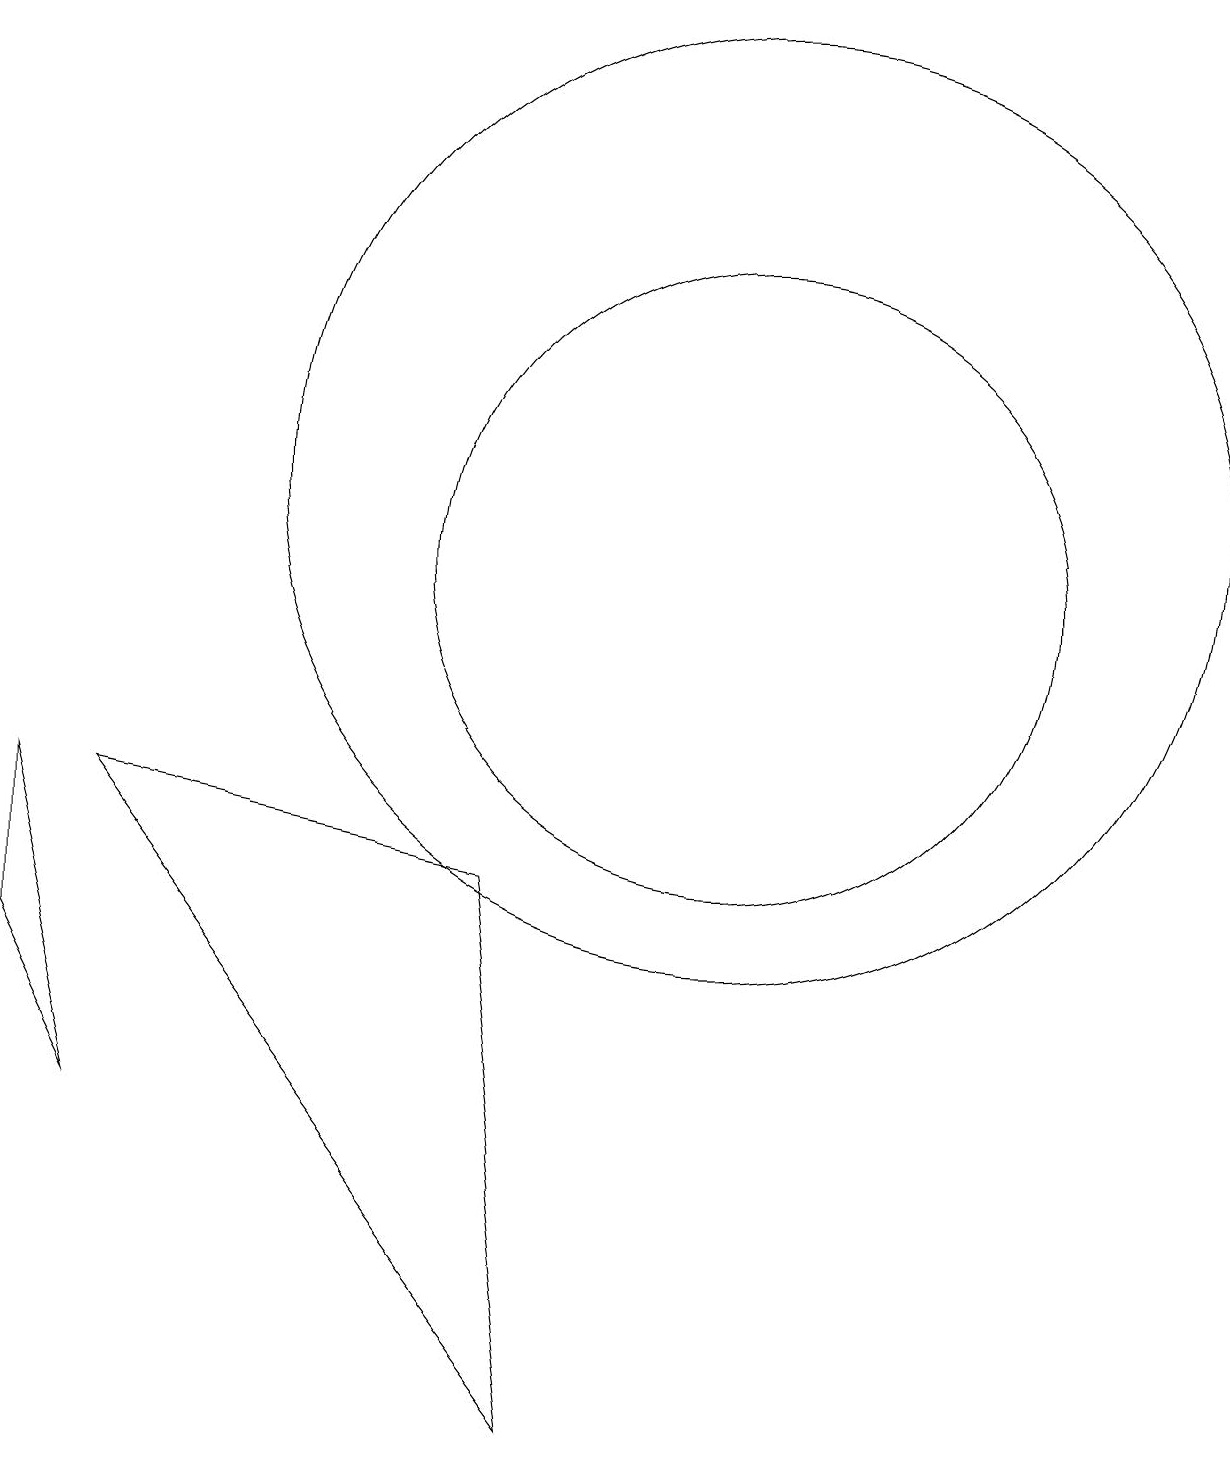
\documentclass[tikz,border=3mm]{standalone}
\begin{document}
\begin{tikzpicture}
\draw (10,12) circle (6);
\draw (1,8) -- (2,4) -- (1,6) -- cycle;
\draw (8,0) -- (7,7) -- (2,8) -- cycle;
\draw (10,11) circle (4);
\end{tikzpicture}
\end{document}